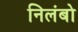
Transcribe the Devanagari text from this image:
निलंबो